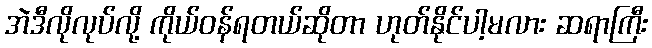
အဲဒီလိုလုပ်လို့ ကိုယ်ဝန်ရတယ်ဆိုတာ ဟုတ်နိုင်ပါ့မလား ဆရာကြီး